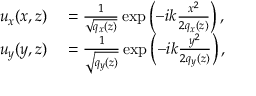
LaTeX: \begin{array} { r l } { u _ { x } ( x , z ) } & { { } = { \frac { 1 } { \sqrt { { q } _ { x } ( z ) } } } \exp \left( - i k { \frac { x ^ { 2 } } { 2 { q } _ { x } ( z ) } } \right) , } \\ { u _ { y } ( y , z ) } & { { } = { \frac { 1 } { \sqrt { { q } _ { y } ( z ) } } } \exp \left( - i k { \frac { y ^ { 2 } } { 2 { q } _ { y } ( z ) } } \right) , } \end{array}